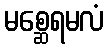
မစ္ဆေရမလံ